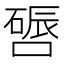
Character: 𫫪